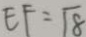
E F = \sqrt { 8 }